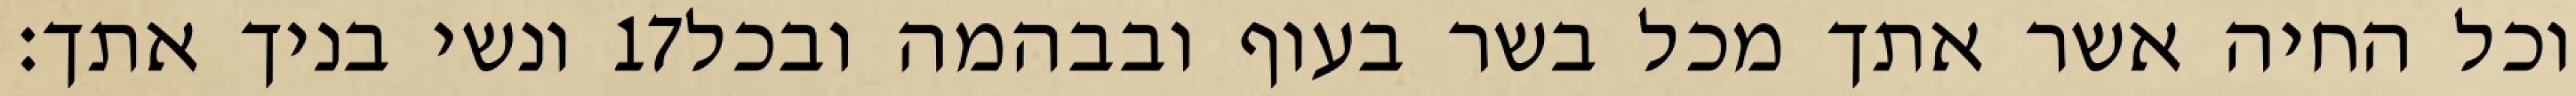
ונשי בניך אתך׃ ‎17‏ וכל החיה אשר אתך מכל בשר בעוף ובבהמה ובכל